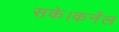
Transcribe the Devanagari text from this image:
सके।कर्नेल